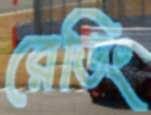
রেডিং